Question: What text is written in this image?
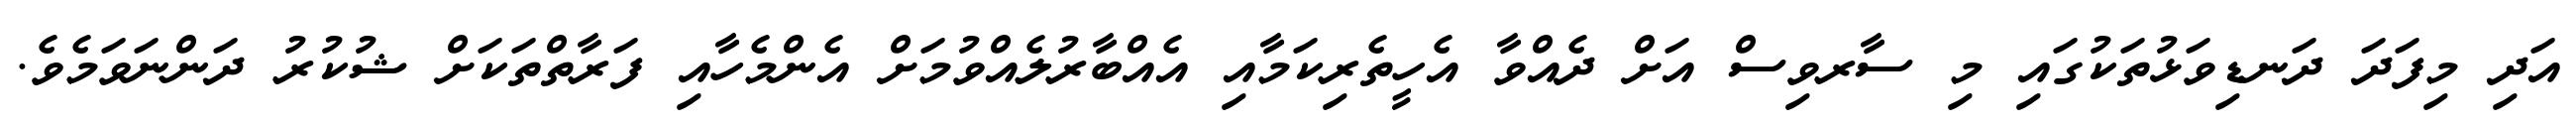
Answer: އަދި މިފަދަ ދަނޑިވަޅުތަކުގައި މި ސާރވިސް އަށް ދެއްވާ އެހީތެރިކަމާއި އެއްބާރުލެއްވުމަށް އެންމެހާއި ފަރާތްތަކަށް ޝުކުރު ދަންނަވަމެވެ.